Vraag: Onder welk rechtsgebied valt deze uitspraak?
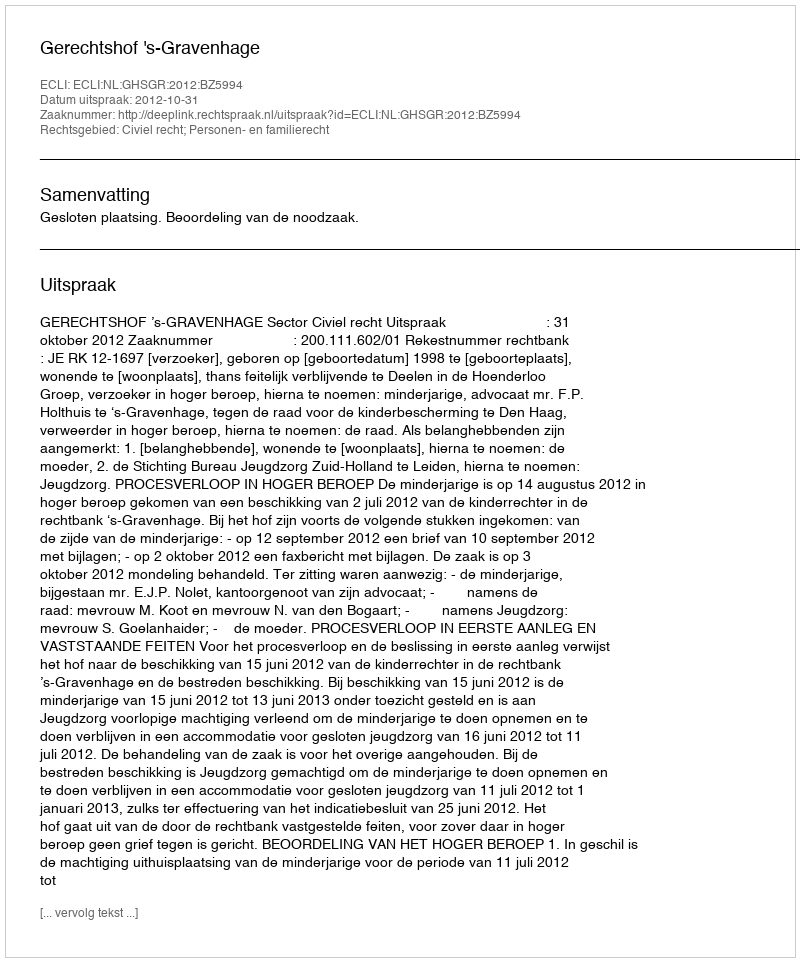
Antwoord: Civiel recht; Personen- en familierecht